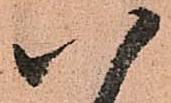
八